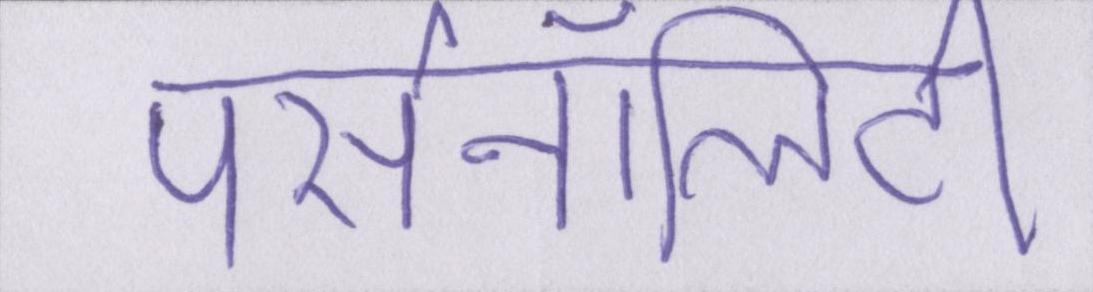
पर्सनॉलिटी